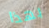
بهذا